Calcutta medical institutions reports 1892-1900
Year: 1892
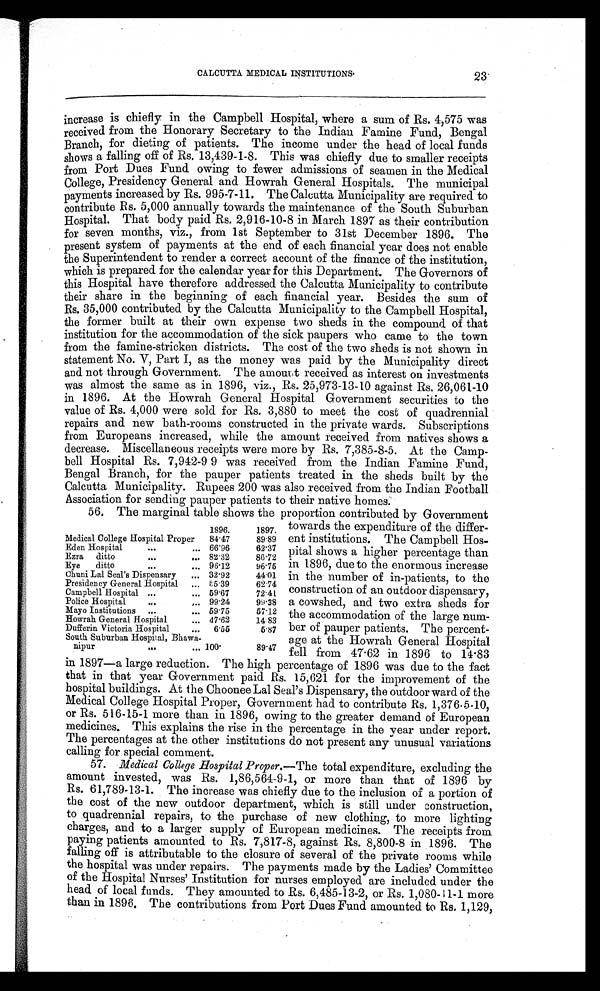
CALCUTTA MEDICAL INSTITUTIONS.
increase is chiefly in the Campbell Hospital, where a sum of Rs. 4,575 was
received from the Honorary Secretary to the Indian Famine Fund, Bengal
Branch, for dieting of patients. The income under the head of local funds
shows a falling off of Rs. 13,439-1-8. This was chiefly due to smaller receipts
from Port Dues Fund owing to fewer admissions of seamen in the Medical
College, Presidency General and Howrah General Hospitals. The municipal
payments increased by Rs. 995-7-11. The Calcutta Municipality are required to
contribute Rs. 5,000 annually towards the maintenance of the South Suburban
Hospital. That body paid Rs. 2,916-10-8 in March 1897 as their contribution
for seven months, viz., from 1st September to 31st December 1896. The
present system of payments at the end of each financial year does not enable
the Superintendent to render a correct account of the finance of the institution,
which is prepared for the calendar year for this Department. The Governors of
this Hospital have therefore addressed the Calcutta Municipality to contribute
their share in the beginning of each financial year. Besides the sum of
Rs. 35,000 contributed by the Calcutta Municipality to the Campbell Hospital,
the former built at their own expense two sheds in the compound of that
institution for the accommodation of the sick paupers who came to the town
from the famine-stricken districts. The cost of the two sheds is not shown in
statement No. V, Part I, as the money was paid by the Municipality direct
and not through Government. The amount received as interest on investments
was almost the same as in 1896, viz., Rs. 25,973-13-10 against Rs. 26,061-10
in 1896. At the Howrah General Hospital Government securities to the
value of Rs. 4,000 were sold for Rs. 3,880 to meet the cost of quadrennial
repairs and new bath-rooms constructed in the private wards. Subscriptions
from Europeans increased, while the amount received from natives shows a
decrease. Miscellaneous receipts were more by Rs. 7,385-8-5. At the Camp-
bell Hospital Rs. 7,942-9 9 was received from the Indian Famine Fund,
Bengal Branch, for the pauper patients treated in the sheds built by the
Calcutta Municipality. Rupees 200 was also received from the Indian Football
Association for sending pauper patients to their native homes.
56. The marginal table shows the proportion contributed by Government
23
1896.
1897.
Medical College Hospital Proper 84.47
89.89
Eden Hospital
. . .
,.. 66.96
62.37
Ezra ditto
. . .
... 82.32
86.72
Eye ditto
. . .
... 96.12
96.75
Chuni Lal Seal's Dispensary
... 32.92
44.01
Presidency General Hospital ... 55.39
62.74
Campbell Hospital ...
... 59.67
72.41
Police Hospital
...
,.. 99.24
99.38
Mayo Institutions ...
... 59.75
57.12
Howrah General Hospital
... 47.62
14 83
Dufferin Victoria Hospital
... 6.55
5.87
South Suburban Hospital, Bhawa-
nipur ... ... 100.
89.47
towards the expenditure of the differ-
ent institutions. The Campbell Hos-
pital shows a higher percentage than
in 1896, due to the enormous increase
in the number of in-patients, to the
construction of an outdoor dispensary,
a cowshed, and two extra sheds for
the accommodation of the large num-
ber of pauper patients. The percent-
age at the Howrah General Hospital
fell from 47.62 in 1896 to 14.83
in 1897—a large reduction. The high percentage of 1896 was due to the fact
that in that year Government paid Rs. 15,621 for the improvement of the
hospital buildings. At the Choonee Lal Seal's Dispensary, the outdoor ward of the
Medical College Hospital Proper, Government had to contribute Rs. 1,376.5-10,
or Rs. 516-15-1 more than in 1896, owing to the greater demand of European
medicines. This explains the rise in the percentage in the year under report.
The percentages at the other institutions do not present any unusual variations
calling for special comment.
57. Medical College Hospital Proper. —The total expenditure, excluding the
amount invested, was Rs. 1,86,564-9-1, or more than that of 1896 by
Rs. 61,789-13-1. The increase was chiefly due to the inclusion of a portion of
the cost of the new outdoor department, which is still under construction,
to quadrennial repairs, to the purchase of new clothing, to more lighting
charges, and to a larger supply of European medicines. The receipts from
paying patients amounted to Rs. 7,817-8, against Rs. 8,800-8 in 1896. The
falling off is attributable to the closure of several of the private rooms while
the hospital was under repairs. The payments made by the Ladies' Committee
of the Hospital Nurses' Institution for nurses employed are included under the
head of local funds. They amounted to Rs. 6,485-13-2, or Rs. 1,080-11-1 more
than in 1896. The contributions from Port Dues Fund amounted to Rs. 1,129,